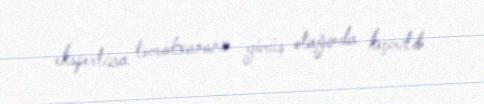
ekspertiza təcridxananın görüş otağında keçirilib.